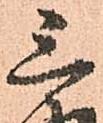
三